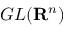
G L ( \mathbf { R } ^ { n } )